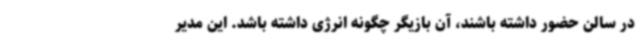
در سالن حضور داشته باشند، آن بازیگر چگونه انرژی داشته باشد. این مدیر